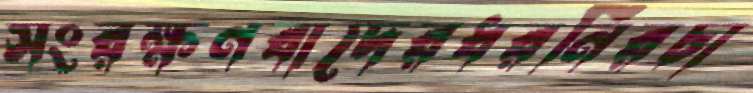
সংরক্ষণবাদেরধরনিরচা